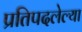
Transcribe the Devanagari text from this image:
प्रतिपदलेल्या